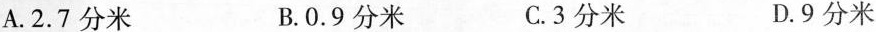
A.2.7分米 B.O.9分米 C.3分米 D.9分米